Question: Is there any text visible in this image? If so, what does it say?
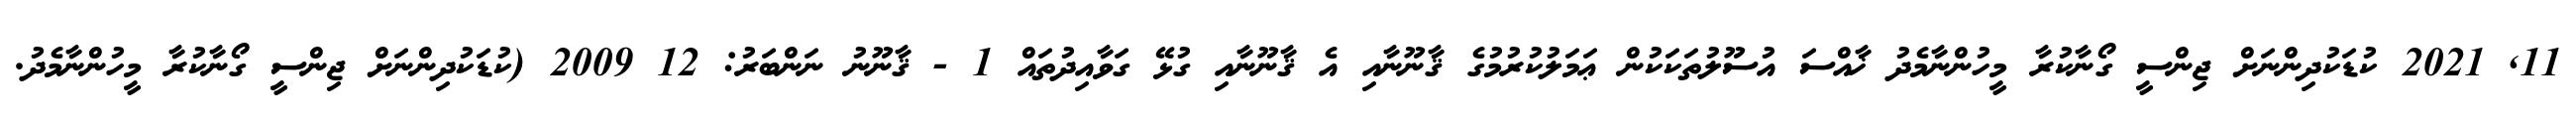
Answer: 11, 2021 ކުޑަކުދިންނަށް ޖިންސީ ގޯނާކުރާ މީހުންނާމެދު ޚާއްސަ އުސޫލުތަކަކުން ޢަމަލުކުރުމުގެ ޤާނޫނާއި އެ ޤާނޫނާއި ގުޅޭ ގަވާއިދުތައް 1 - ޤާނޫނު ނަންބަރު: 12 2009 (ކުޑަކުދިންނަށް ޖިންސީ ގޯނާކުރާ މީހުންނާމެދު.